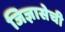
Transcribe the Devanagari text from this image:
जिज्ञासेची